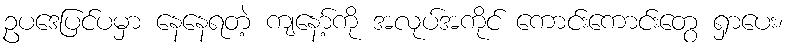
ဥပဒေပြင်ပမှာ နေနေရတဲ့ ကျနော့်ကို အလုပ်အကိုင် ကောင်းကောင်းတွေ ရှာပေး၊